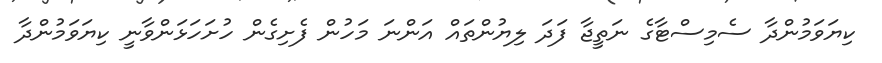
ކިޔަވަމުންދާ ސެމިސްޓާގެ ނަތީޖާ ފަދަ ލިޔުންތައް އަންނަ މަހުން ފެށިގެން ހުށަހަޅަންވާނީ ކިޔަވަމުންދާ